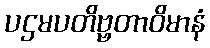
ပဌမပတိဗ္ဗတာဝိမာနံ